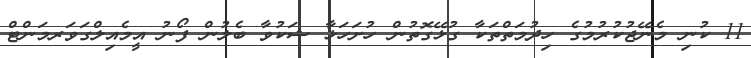
11 ކުނި މެނޭޖުކުރުމުގެ ހިދުމަތްތަކާ ގުޅޭގޮތުން ހުށަހަޅާ ޝަކުވާ ބެލުން ފޯނު އީމެއިލްގަވަރމަންޓް